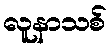
လူနာသစ်